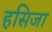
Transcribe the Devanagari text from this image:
हसिजा